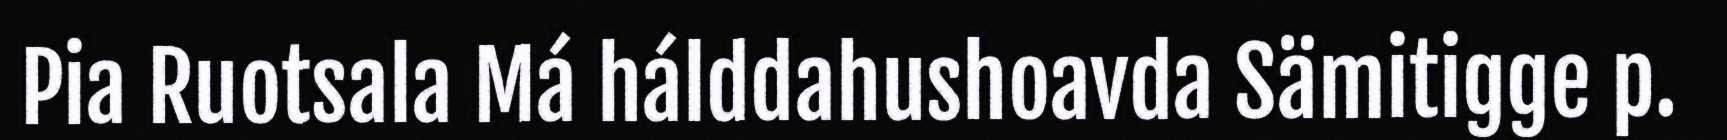
Pia Ruotsala Má hálddahushoavda Sämitigge p.